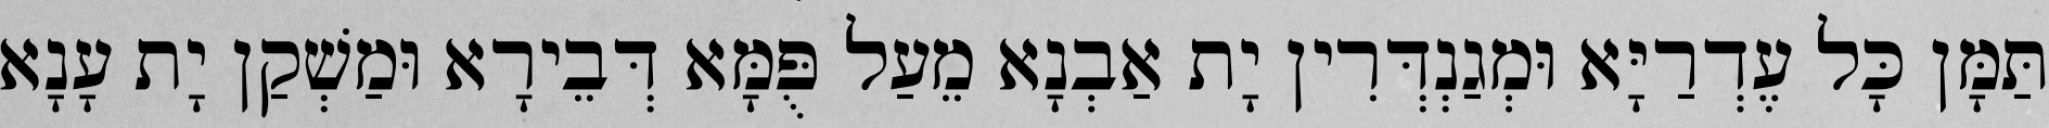
תַּמָּן כָּל עֶדְרַיָּא וּמְגַנְדְּרִין יָת אַבְנָא מֵעַל פֻּמָּא דְּבֵירָא וּמַשְׁקַן יָת עָנָא